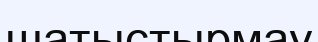
шатыстырмау